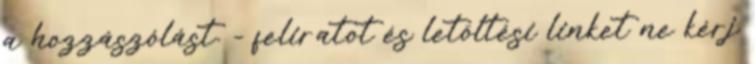
a hozzászólást. - feliratot és letöltési linket ne kérj